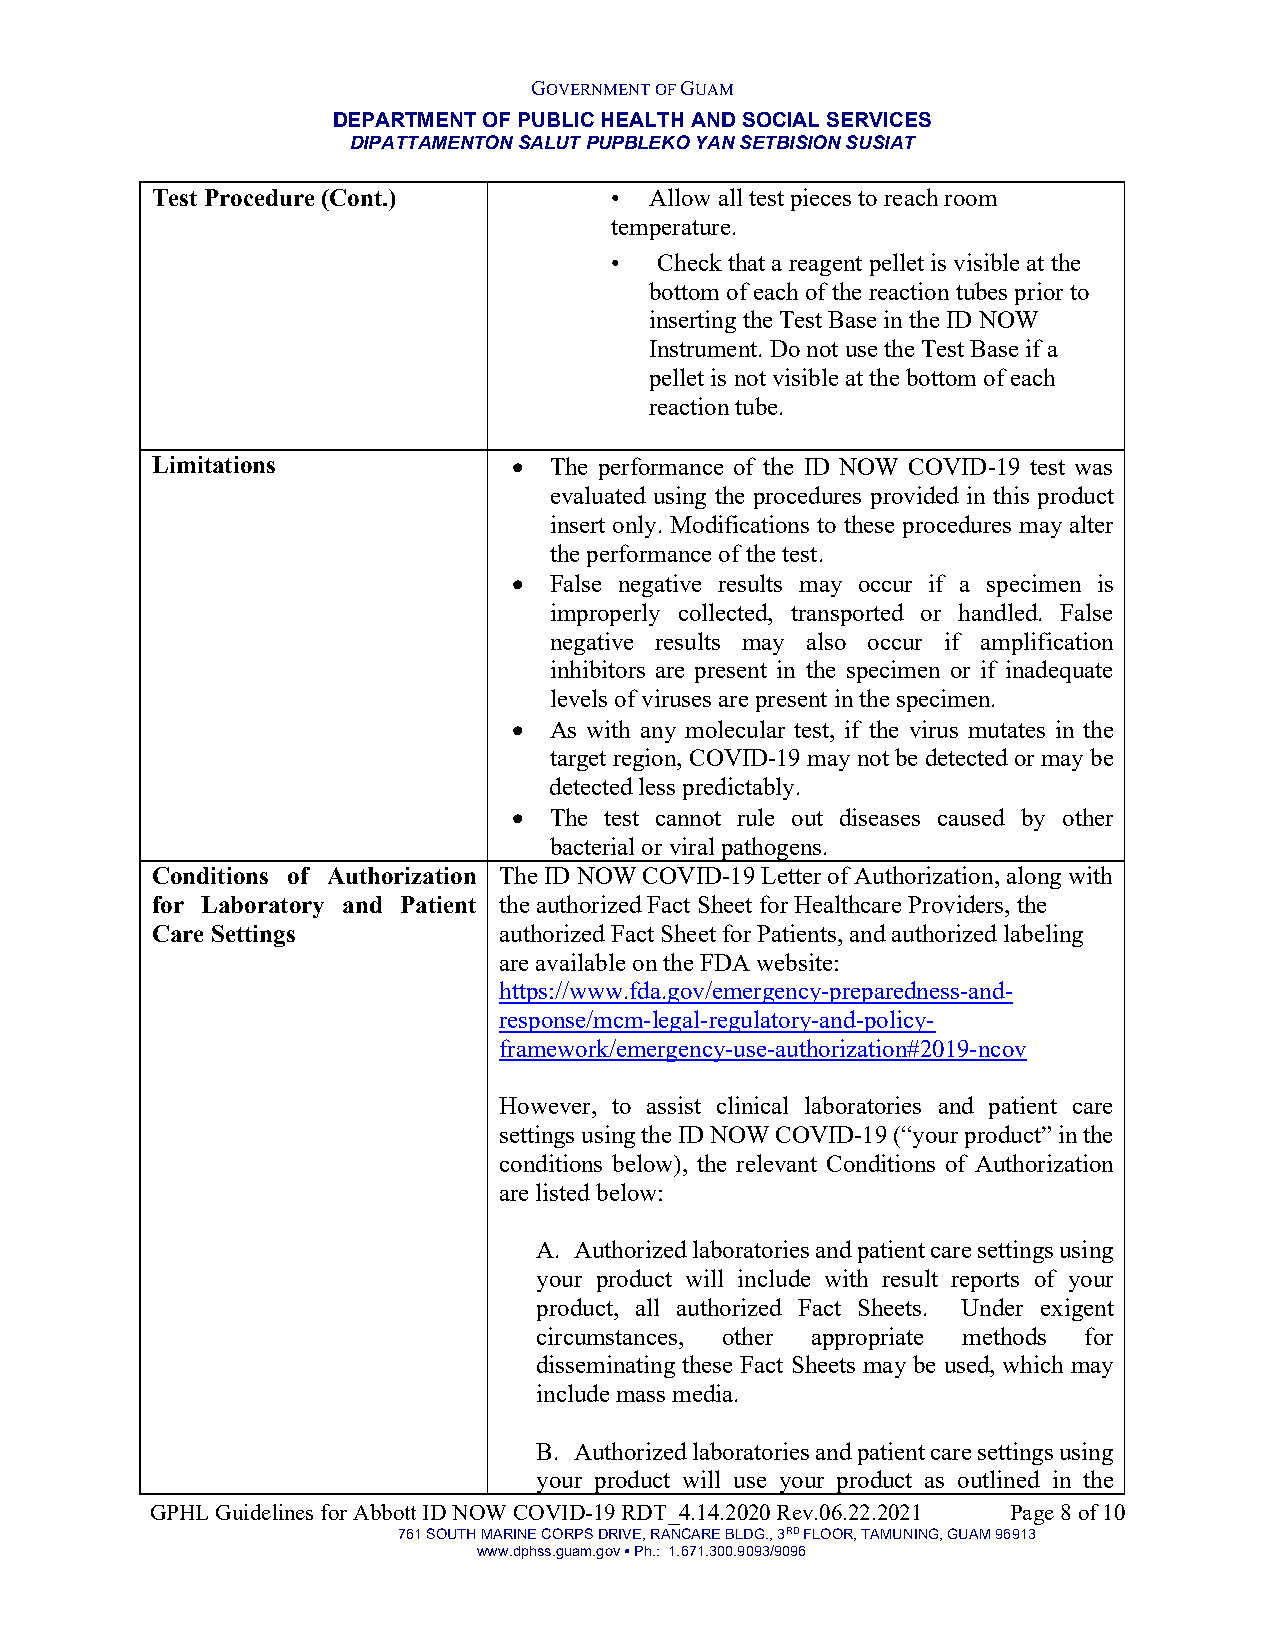
GOVERNMENT OF GUAM
 DEPARTMENT OF PUBLIC HEALTH AND SOCIAL SERVICES
 DIPATTAMENTON SALUT PUPBLEKO YAN SETBISION SUSIAT
 Test Procedure (Cont.)        •  Allow all test pieces to reach room
 temperature.
 •   Check that a reagent pellet is visible at the
 bottom of each of the reaction tubes prior to
 inserting the Test Base in the ID NOW
 Instrument. Do not use the Test Base if a
 pellet is not visible at the bottom of each
 reaction tube.
 Limitations             • The performance of the ID NOW COVID-19 test was
 evaluated using the procedures provided in this product
 insert only. Modifications to these procedures may alter
 the performance of the test.
 • False negative results may occur if a specimen is
 improperly collected, transported or handled. False
 negative results may also occur if amplification
 inhibitors are present in the specimen or if inadequate
 levels of viruses are present in the specimen.
 • As with any molecular test, if the virus mutates in the
 target region, COVID-19 may not be detected or may be
 detected less predictably.
 • The test cannot rule out diseases caused by other
 bacterial or viral pathogens.
 Conditions of Authorization The ID NOW COVID-19 Letter of Authorization, along with
 for Laboratory and Patient the authorized Fact Sheet for Healthcare Providers, the
 Care Settings          authorized Fact Sheet for Patients, and authorized labeling
 are available on the FDA website:
 https://www.fda.gov/emergency-preparedness-and-
 response/mcm-legal-regulatory-and-policy-
 framework/emergency-use-authorization#2019-ncov
 However, to assist clinical laboratories and patient care
 settings using the ID NOW COVID-19 (“your product” in the
 conditions below), the relevant Conditions of Authorization
 are listed below:
 A. Authorized laboratories and patient care settings using
 your product will include with result reports of your
 product, all authorized Fact Sheets. Under exigent
 circumstances, other appropriate methods for
 disseminating these Fact Sheets may be used, which may
 include mass media.
 B. Authorized laboratories and patient care settings using
 your product will use your product as outlined in the
 GPHL Guidelines for Abbott ID NOW COVID-19 RDT_4.14.2020 Rev.06.22.2021 Page 8 of 10
 761 SOUTH MARINE CORPS DRIVE, RANCARE BLDG., 3RD FLOOR, TAMUNING, GUAM 96913
 www.dphss.guam.gov ● Ph.: 1.671.300.9093/9096